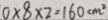
0 \times 8 \times 2 = 1 6 0 c m ^ { 2 }